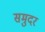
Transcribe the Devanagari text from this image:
समुदर